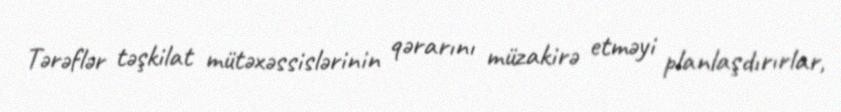
Tərəflər təşkilat mütəxəssislərinin qərarını müzakirə etməyi planlaşdırırlar,